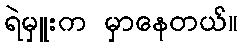
ရဲမှူးက မှာနေတယ်။